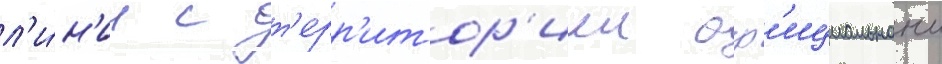
л'и́н'ии с т'ерр'итор'иеи оф'ициальнои